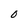
Character: O